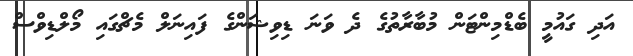
އަދި ގައުމީ ބެޑްމިންޓަން މުބާރާތުގެ ދެ ވަނަ ޑިވިޝަންގެ ފައިނަލް މެޗްގައި މޯލްޑިވްސް